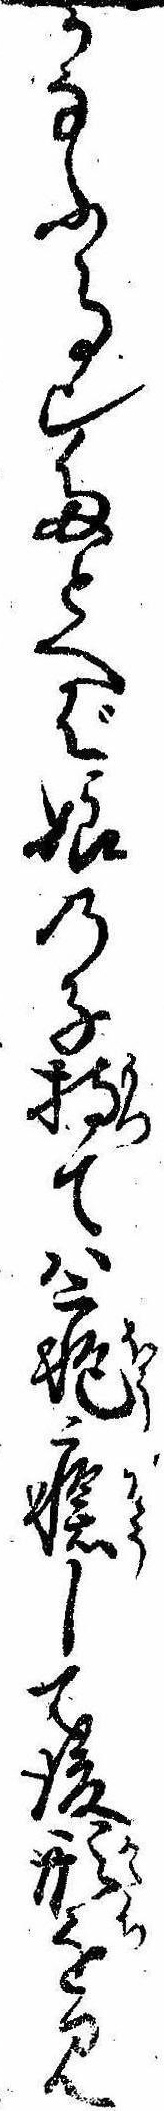
かなふ事也たとへば娘の子持ては疱瘡して後形を見